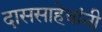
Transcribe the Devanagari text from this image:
दाससाहेबांनी